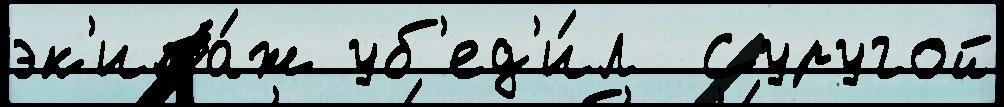
эк'ипа́ж уб'ед'и́л  Суругой